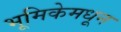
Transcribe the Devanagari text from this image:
भूमिकेमधून